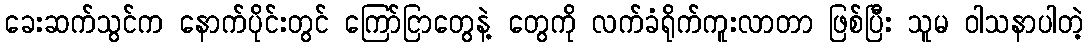
ခေးဆက်သွင်က နောက်ပိုင်းတွင် ကြော်ငြာတွေနဲ့ တွေကို လက်ခံရိုက်ကူးလာတာ ဖြစ်ပြီး သူမ ဝါသနာပါတဲ့